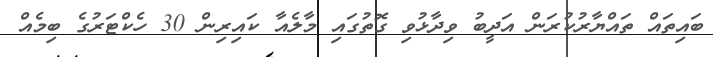
ބައިތައް ތައްޔާރުކުރަން އަދީބު ވިދާޅުވި ގޮތުގައި މާލެއާ ކައިރިން 30 ހެކްޓަރުގެ ބިމެއް